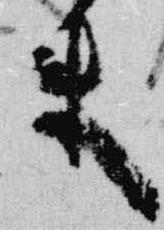
来